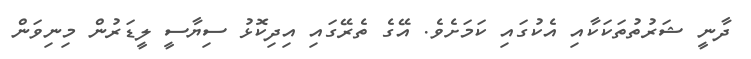
ދާނީ ޝަރުތުތަކަކާއި އެކުގައި ކަމަށެވެ. އޭގެ ތެރޭގައި އިދިކޮޅު ސިޔާސީ ލީޑަރުން މިނިވަން